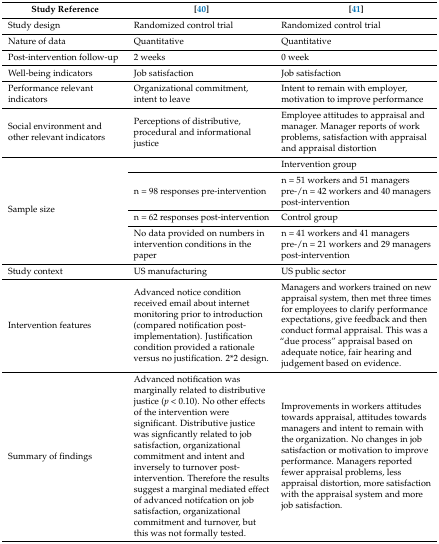
| Study Reference | [40] | [41] |
 | --- | --- | --- |
 | Study design | Randomized control trial | Randomized control trial |
 | Nature of data | Quantitative | Quantitative |
 | Post-intervention follow-up | 2 weeks | 0 week |
 | Well-being indicators | Job satisfaction | Job satisfaction |
 | Performance relevant indicators | Organizational commitment, intent to leave | Intent to remain with employer, motivation to improve performance |
 | Social environment and other relevant indicators | Perceptions of distributive, procedural and informational justice | Employee attitudes to appraisal and manager. Manager reports of work problems, satisfaction with appraisal and appraisal distortion |
 | <ROWSPAN=4> Sample size |  | Intervention group |
 | n = 98 responses pre-intervention | n = 51 workers and 51 managers pre-/n = 42 workers and 40 managers post-intervention |
 | n = 62 responses post-intervention | Control group |
 | No data provided on numbers in intervention conditions in the paper | n = 41 workers and 41 managers pre-/n = 21 workers and 29 managers post-intervention |
 | Study context | US manufacturing | US public sector |
 | Intervention features | Advanced notice condition received email about internet monitoring prior to introduction (compared notification post-implementation). Justification condition provided a rationale versus no justification. 2*2 design. | Managers and workers trained on new appraisal system, then met three times for employees to clarify performance expectations, give feedback and then conduct formal appraisal. This was a “due process” appraisal based on adequate notice, fair hearing and judgement based on evidence. |
 | Summary of findings | Advanced notification was marginally related to distributive justice (p < 0.10). No other effects of the intervention were significant. Distributive justice was signficantly related to job satisfaction, organizational commitment and intent and inversely to turnover post-intervention. Therefore the results suggest a marginal mediated effect of advanced notifcation on job satisfaction, organizational commitment and turnover, but this was not formally tested. | Improvements in workers attitudes towards appraisal, attitudes towards managers and intent to remain with the organization. No changes in job satisfaction or motivation to improve performance. Managers reported fewer appraisal problems, less appraisal distortion, more satisfaction with the appraisal system and more job satisfaction. |